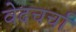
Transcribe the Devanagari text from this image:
वेदचर्चा